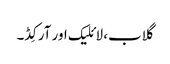
گلاب، لائلیک اور آرکِڈ۔